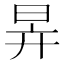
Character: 𣅹